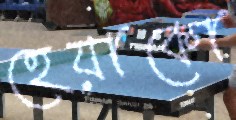
হেয়াকো